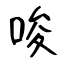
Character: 唆